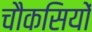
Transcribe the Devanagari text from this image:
चौकसियों